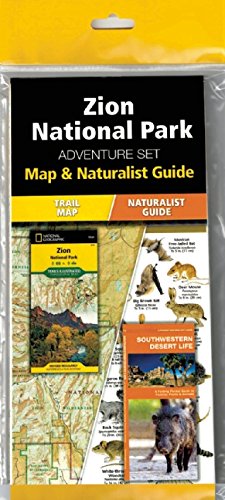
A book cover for Zion National Park Adventure Set; Travel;